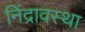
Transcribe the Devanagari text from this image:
निंद्रावस्था